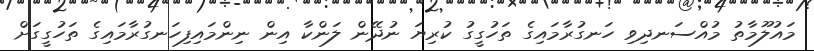
މައުލޫމާތު މުއްސަނދިވި ހަނގުރާމައިގެ ތަހުގީގު ކުރިޔަ ނުދޭން ލަންކާ އިން ނިންމައިފިހަނގުރާމައިގެ ތަހުގީގަށް